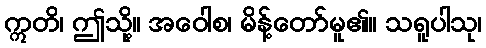
ဣတိ၊ ဤသို့။ အဝေါစ၊ မိန့်တော်မူ၏။ သရူပါသု၊